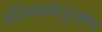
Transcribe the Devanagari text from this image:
हरिवशंपुराण